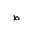
Letter: _da